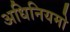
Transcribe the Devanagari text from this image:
अधिनियमो